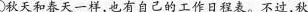
①秋天和春天一样，也有自己的工作日程表。不过，秋